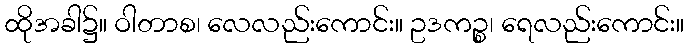
ထိုအခါ၌။ ဝါတာစ၊ လေလည်းကောင်း။ ဥဒကဉ္စ၊ ရေလည်းကောင်း။